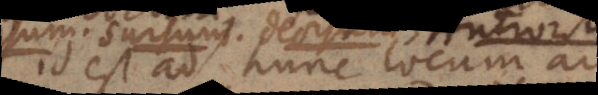
Id est ad hunc locum, ad